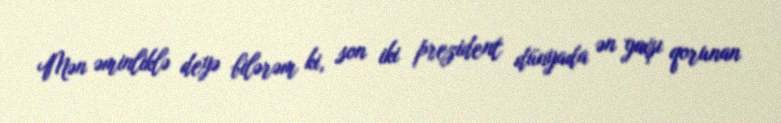
Mən əminliklə deyə bilərəm ki, son iki prezident dünyada ən yaxşı qorunan